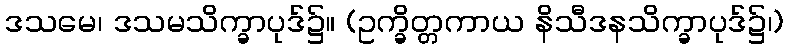
ဒသမေ၊ ဒသမသိက္ခာပုဒ်၌။ (ဥက္ခိတ္တကာယ နိသီဒနသိက္ခာပုဒ်၌၊)